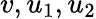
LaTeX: v,u_{1},u_{2}